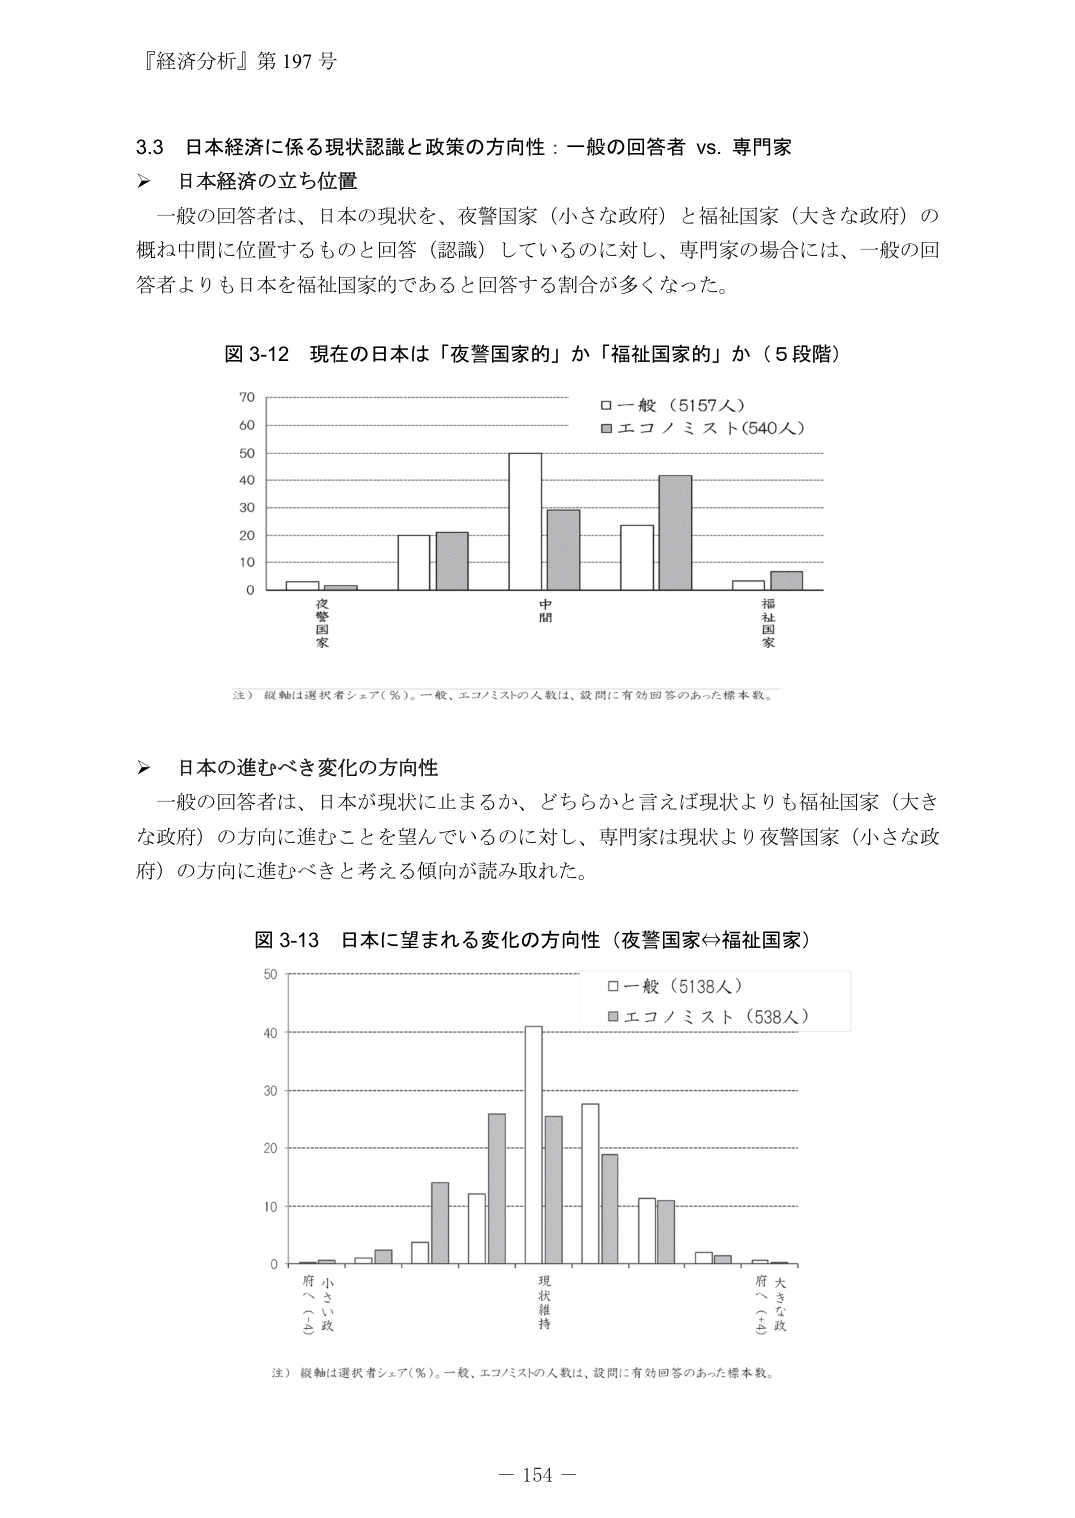
『経済分析』第197号

3.3 日本経済に係る現状認識と政策の方向性：一般の回答者 vs. 専門家

▶ 日本経済の立ち位置
一般の回答者は、日本の現状を、夜警国家（小さな政府）と福祉国家（大きな政府）の概ね中間に位置するものと回答（認識）しているのに対し、専門家の場合には、一般の回答者よりも日本を福祉国家的であると回答する割合が多くなった。

図3-12 現在の日本は「夜警国家的」か「福祉国家的」か（5段階）

□一般（5157人）
■エコノミスト（540人）

注）縦軸は選択者シェア（％）。一般、エコノミストの人数は、設問に有効回答のあった標本数。

▶ 日本の進むべき変化の方向性
一般の回答者は、日本が現状に止まるか、どちらかと言えば現状よりも福祉国家（大きな政府）の方向に進むことを望んでいるのに対し、専門家は現状より夜警国家（小さな政府）の方向に進むべきと考える傾向が読み取れた。

図3-13 日本に望まれる変化の方向性（夜警国家↔福祉国家）

□一般（5138人）
■エコノミスト（538人）

注）縦軸は選択者シェア（％）。一般、エコノミストの人数は、設問に有効回答のあった標本数。

－154－